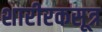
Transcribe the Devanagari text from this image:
शारीरकसूत्र